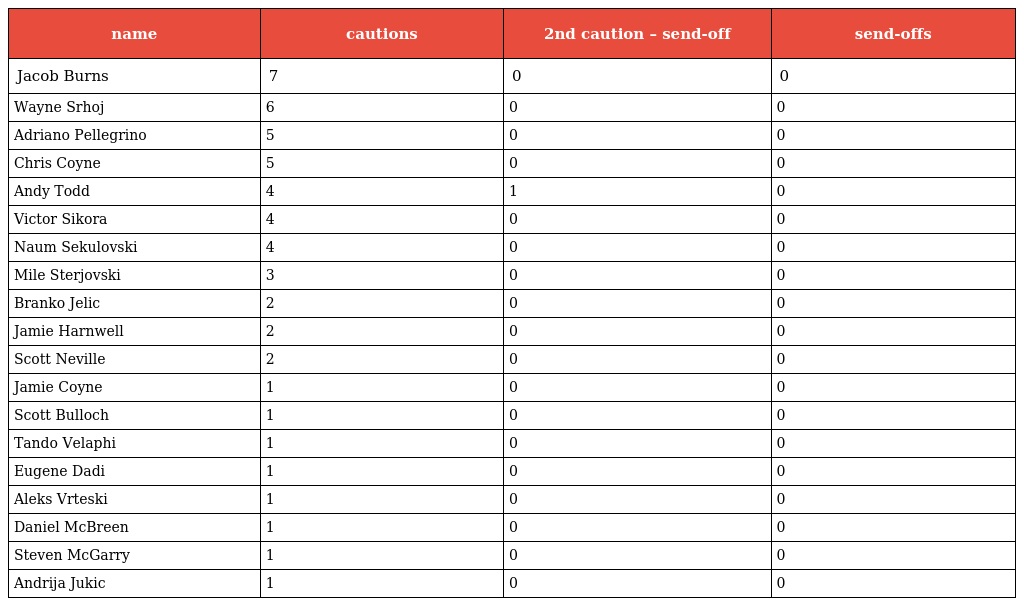
| name | cautions | 2nd caution – send-off | send-offs |
 | --- | --- | --- | --- |
 | Jacob Burns | 7 | 0 | 0 |
 | Wayne Srhoj | 6 | 0 | 0 |
 | Adriano Pellegrino | 5 | 0 | 0 |
 | Chris Coyne | 5 | 0 | 0 |
 | Andy Todd | 4 | 1 | 0 |
 | Victor Sikora | 4 | 0 | 0 |
 | Naum Sekulovski | 4 | 0 | 0 |
 | Mile Sterjovski | 3 | 0 | 0 |
 | Branko Jelic | 2 | 0 | 0 |
 | Jamie Harnwell | 2 | 0 | 0 |
 | Scott Neville | 2 | 0 | 0 |
 | Jamie Coyne | 1 | 0 | 0 |
 | Scott Bulloch | 1 | 0 | 0 |
 | Tando Velaphi | 1 | 0 | 0 |
 | Eugene Dadi | 1 | 0 | 0 |
 | Aleks Vrteski | 1 | 0 | 0 |
 | Daniel McBreen | 1 | 0 | 0 |
 | Steven McGarry | 1 | 0 | 0 |
 | Andrija Jukic | 1 | 0 | 0 |